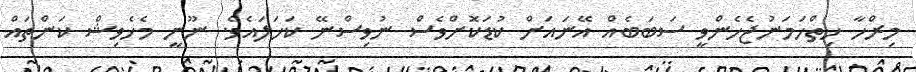
މިރްހާ ހިތްހަމަނުޖެހެންވީ ސަބަބެއް އޭނައަށް ކުޑަކޮށްވެސް ނުވިސްނޭ ކަހަލައެވެ. ނޫނީ މެހެވިޝް ކަންތައް